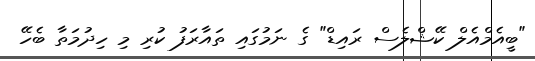
"ބީއެމްއެލް ކޭޝްލެސް ރައިޑް" ގެ ނަމުގައި ތައާރަފު ކުރި މި ހިދުމަތާ ބެހޭ